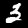
Digit: 3